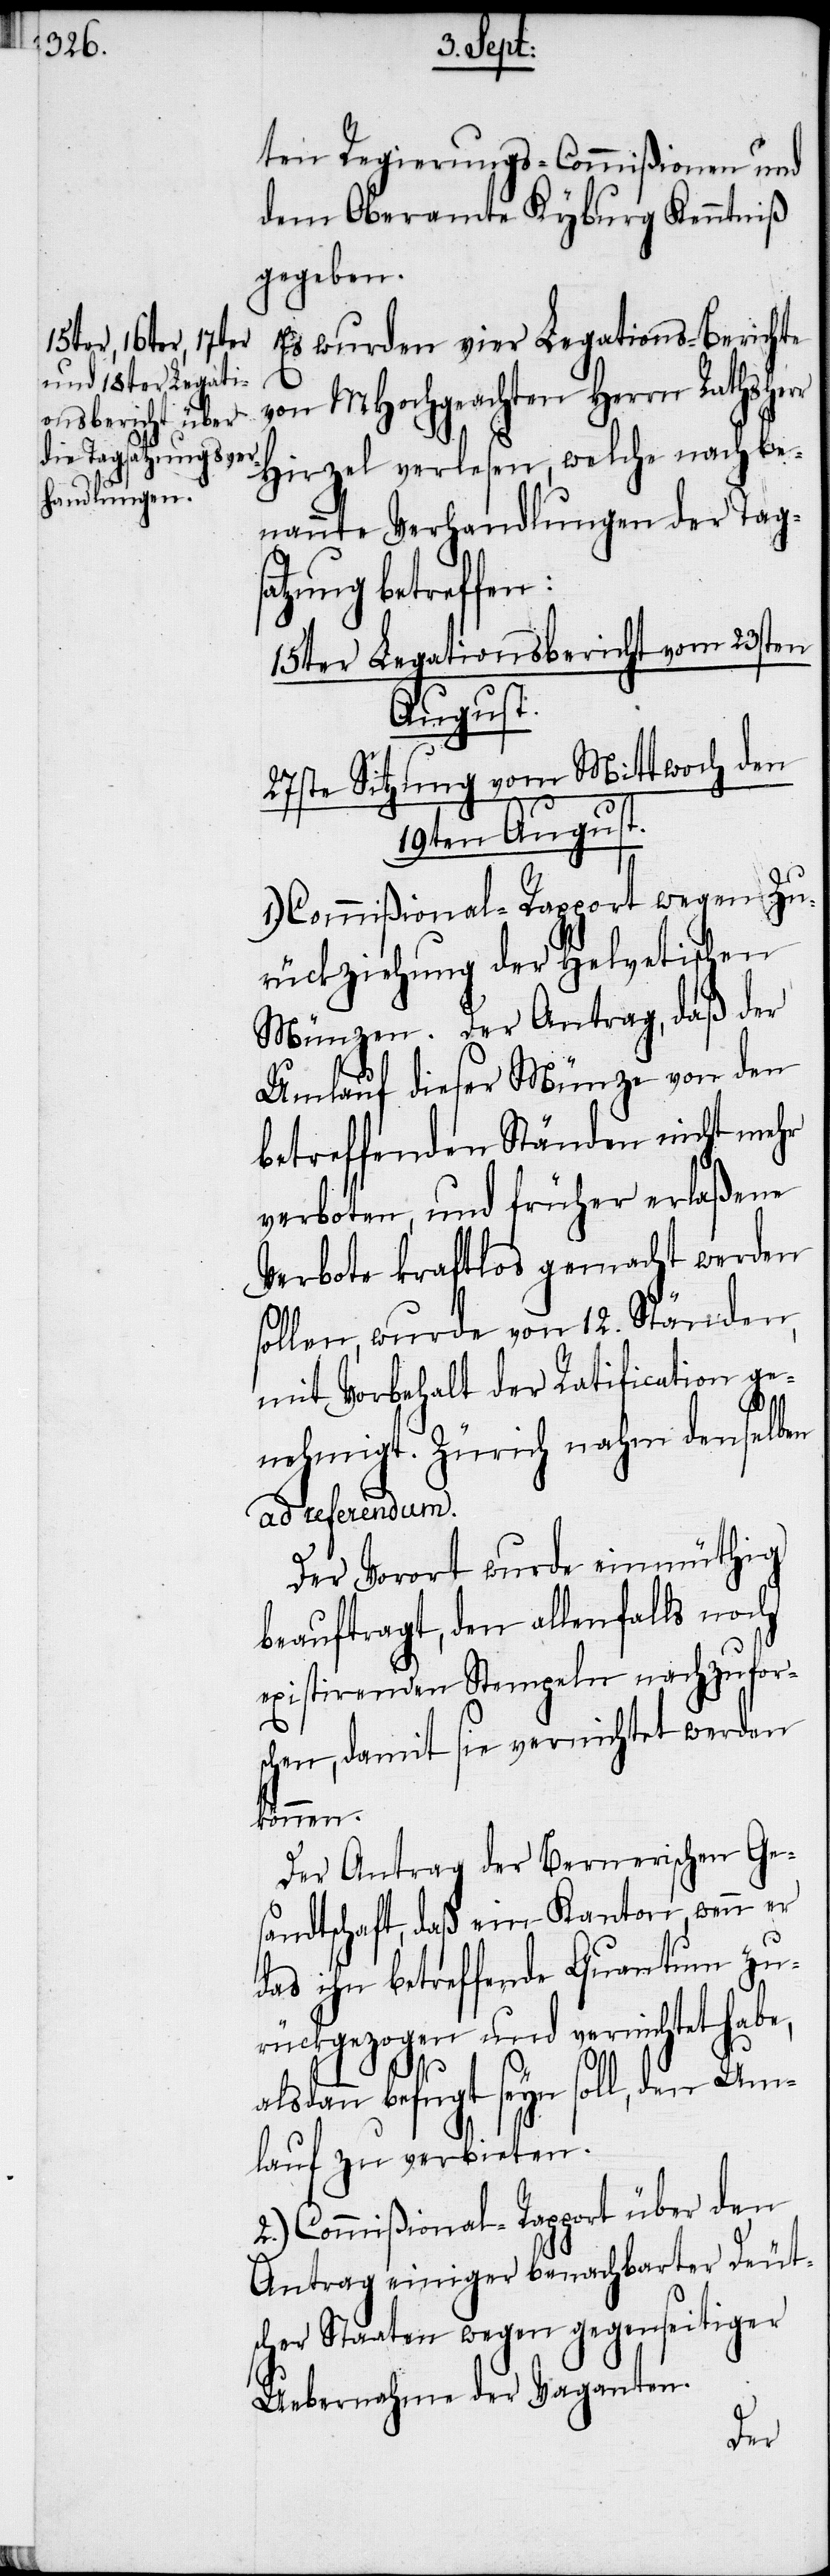
ten Regierungs-Commißionen und
dem Oberamte Kyburg Kenntniß
gegeben.
Es wurden vier Legations-Berichte
von MHochgeachten Herrn Rathshe¬
Hirzel verlesen, welche nachbe¬
nannte Verhandlungen der Tags¬
atzung betreffen:
15ter Legationsbericht vom 23sten
August.
27ste Sitzung vom Mittwoch den
19ten August.
1.) Commißional-Rapport wegen Zu¬
rückziehung der Helvetischen
Münzen. Der Antrag, daß der
Umlauf dieser Münze von den
betreffenden Ständen nicht mehr
verboten, und früher erlaßene
Verbote kraftlos gemacht werden
sollen, wurde von 12. Ständen,
mit Vorbehalt der Ratification ge¬
nehmigt. Zürich nahm denselben
ad referendum.
Der Vorort wurde einmüthig
beauftragt, den allenfalls noch
existirenden Stempeln nachzufor¬
schen, damit sie vernichtet werden
können.
Der Antrag der Bernerischen Ge¬
sandtschaft, daß ein Kanton, wenn er
das ihn betreffende Quantum zu¬
rückgezogen und vernichtet habe,
alsdann befugt seyn soll, den Um¬
lauf zu verbieten.
2.) Commißional-Rapport über den
Antrag einiger benachbarter Deut¬
scher Staaten wegen gegenseitiger
Uebernahme der Vaganten.
rr